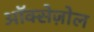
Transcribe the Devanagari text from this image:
ऑक्सेज़ोल